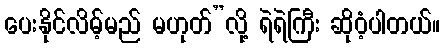
ပေးနိုင်လိမ့်မည် မဟုတ်”လို့ ရဲရဲကြီး ဆိုဝံ့ပါတယ်။